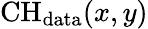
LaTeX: \mathrm{CH}_{\mathrm{data}}(x,y)